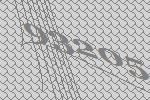
93205